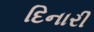
દિનારી